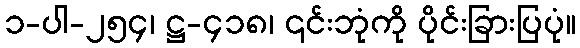
၁-ပါ-၂၅၄၊ ဋ္ဌ-၄၁၈၊ ၎င်းဘုံကို ပိုင်းခြားပြပုံ။